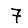
Digit: 7